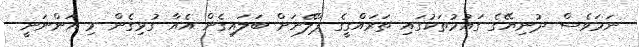
ނަމަވެސް ދުނިޔޭގެ ގައުމުތަކުގައި ތަރައްގީގެ ޕްލޭނަށް ބަލައިގެން އެއާ ގުޅިގެން މި އަންނަނީ